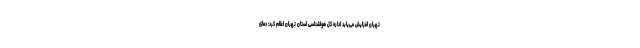
تهران افزایش می‌یابد اداره کل هواشناسی استان تهران اعلام کرد: دمای